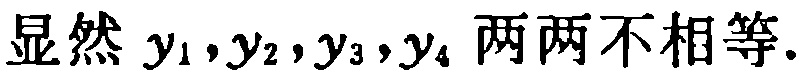
显然 \(y_1,y_2,y_3,y_4\) 两两不相等.